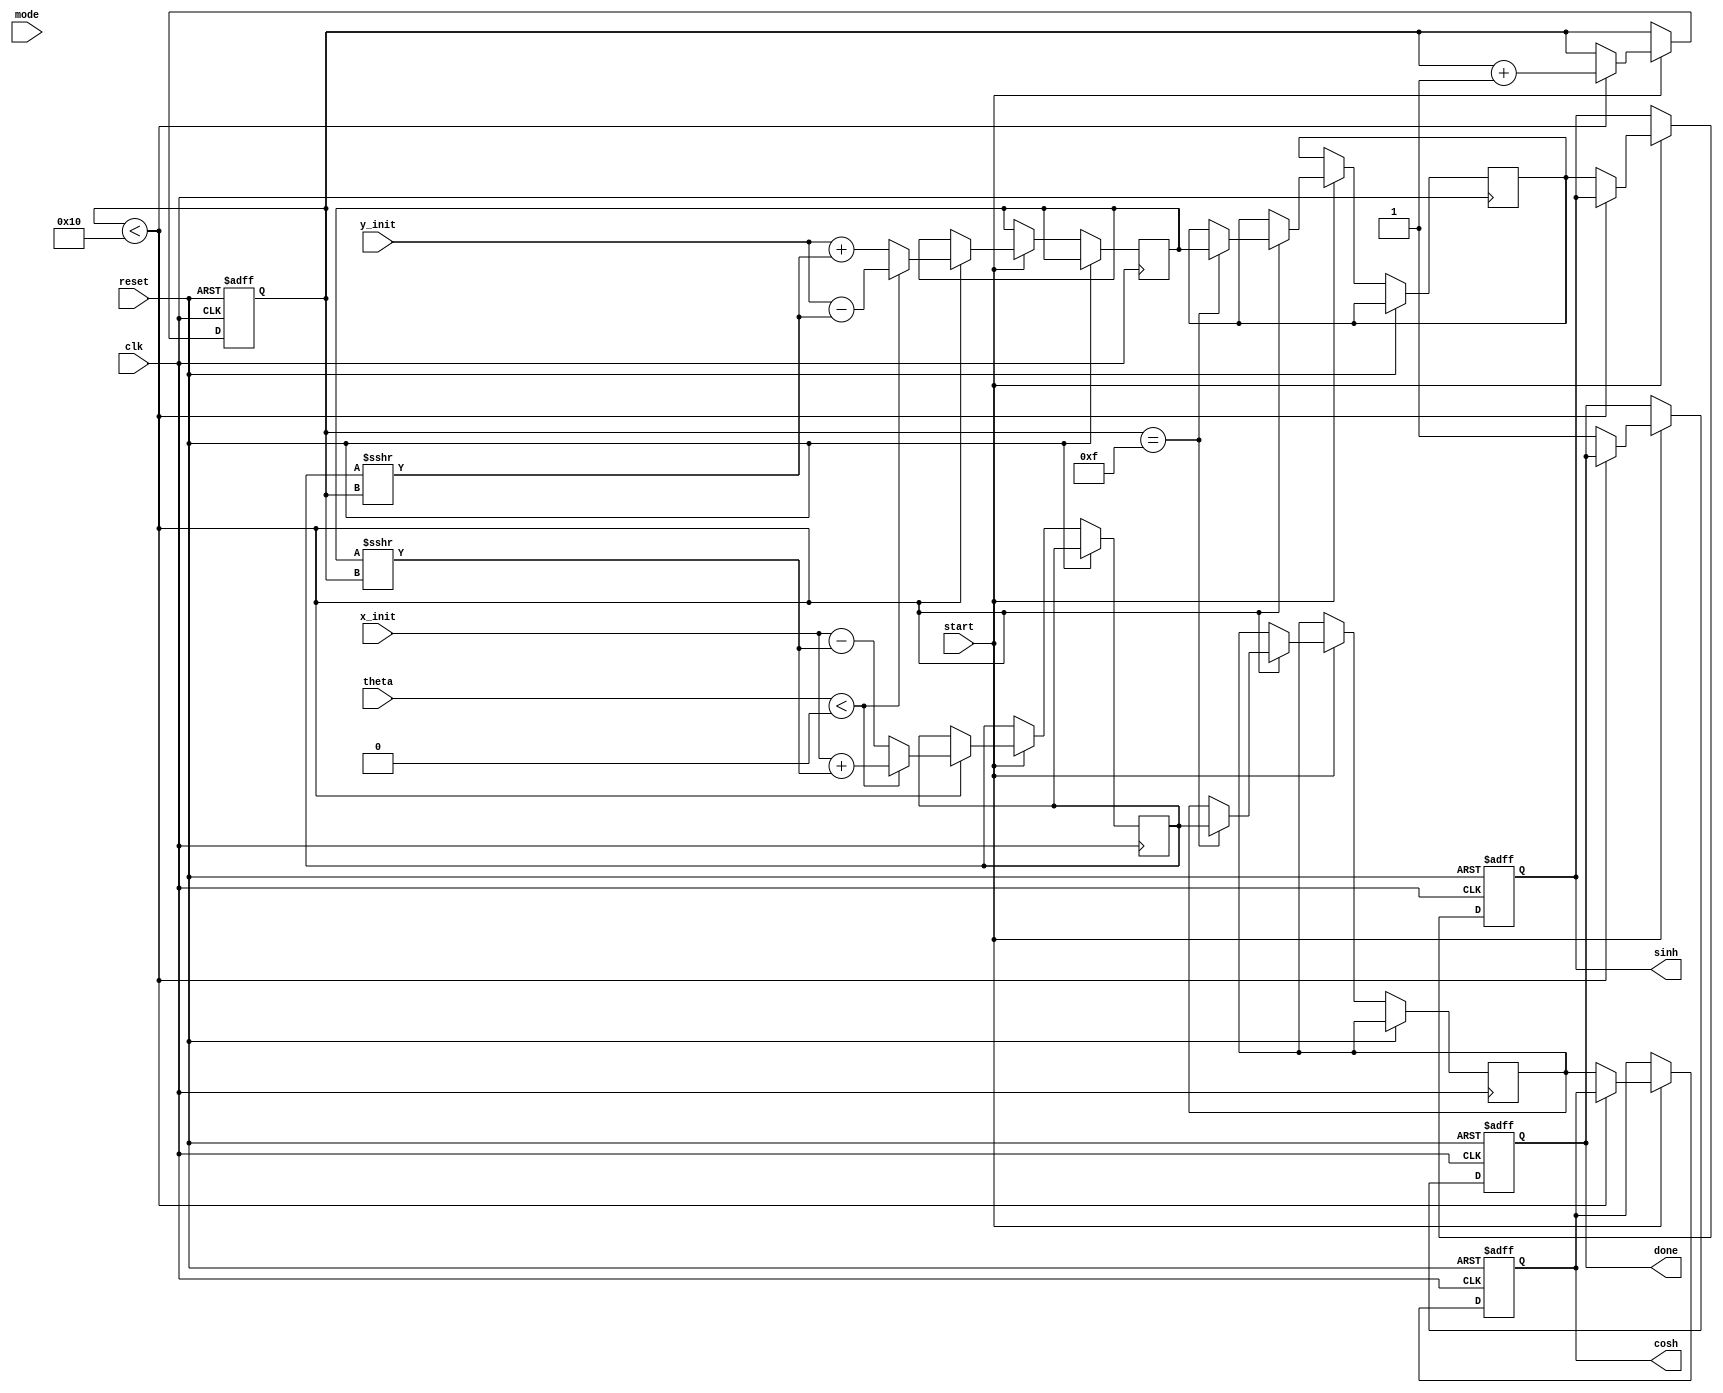
module hyperbolic_cordic (
    input wire clk,
    input wire reset,
    input wire start,
    input wire [15:0] theta, // Hyperbolic angle input
    input wire [15:0] x_init, // Initial x vector
    input wire [15:0] y_init, // Initial y vector
    input wire mode, // 0 for hyperbolic, 1 for circular
    output reg [15:0] sinh, // Output for hyperbolic sine
    output reg [15:0] cosh, // Output for hyperbolic cosine
    output reg done // Indicates completion of computation
);

    parameter N = 16; // Number of iterations
    reg [15:0] x [0:N-1]; // x values
    reg [15:0] y [0:N-1]; // y values
    reg [15:0] angle_tab [0:N-1]; // Angle table (arctanh values)
    reg [3:0] iteration; // Iteration counter
    reg [15:0] x_accum, y_accum; // Accumulators for x and y
    reg [15:0] angle; // Current angle for iteration
    wire [15:0] shift_x, shift_y; // Shifted values

    // Initialize angle table with arctanh values
    initial begin
        angle_tab[0] = 16'h0000; // arctanh(0)
        angle_tab[1] = 16'h0001; // arctanh(1/2)
        angle_tab[2] = 16'h0002; // arctanh(1/4)
        // Add more values as needed for higher precision
    end

    // Shift and Add Logic
    assign shift_x = x_accum >>> iteration; // Right shift for x
    assign shift_y = y_accum >>> iteration; // Right shift for y

    always @(posedge clk or posedge reset) begin
        if (reset) begin
            iteration <= 0;
            done <= 0;
            sinh <= 0;
            cosh <= 0;
        end else if (start) begin
            if (iteration < N) begin
                // CORDIC iteration logic
                if (theta < 0) begin
                    x_accum <= x_init + shift_y; // x = x + y * 2^(-i)
                    y_accum <= y_init - shift_x; // y = y - x * 2^(-i)
                    angle <= -angle_tab[iteration];
                end else begin
                    x_accum <= x_init - shift_y; // x = x - y * 2^(-i)
                    y_accum <= y_init + shift_x; // y = y + x * 2^(-i)
                    angle <= angle_tab[iteration];
                end

                // Update x and y for the next iteration
                x[iteration] <= x_accum;
                y[iteration] <= y_accum;

                iteration <= iteration + 1;
            end else begin
                // Final output assignment
                sinh <= y[N-1];
                cosh <= x[N-1];
                done <= 1; // Indicate completion
            end
        end
    end

endmodule